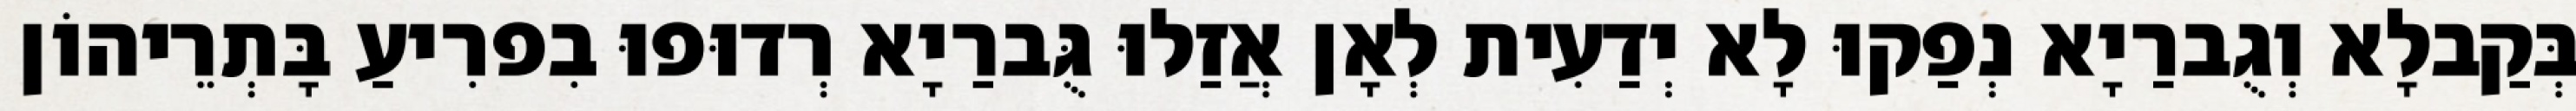
בְּקַבלָא וְגֻברַיָא נְפַקוּ לָא יְדַעִית לְאָן אֲזַלוּ גֻּברַיָא רְדוּפוּ בִפרִיעַ בָּתְרֵיהוֹן